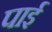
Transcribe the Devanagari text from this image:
पार्इ